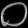
Digit: ၀